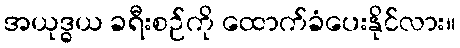
အယုဒ္ဓယ ခရီးစဉ်ကို ထောက်ခံပေးနိုင်လား။